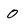
Character: 0